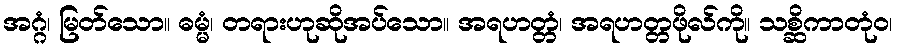
အဂ္ဂံ၊ မြတ်သော။ ဓမ္မံ၊ တရားဟုဆိုအပ်သော။ အရဟတ္တံ၊ အရဟတ္တဖိုလ်ကို။ သစ္ဆိကာတုံဝ၊